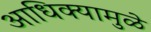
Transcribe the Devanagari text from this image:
आधिक्यामुळे